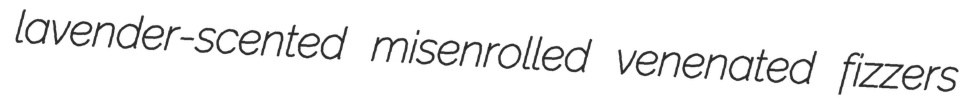
lavender-scented misenrolled venenated fizzers